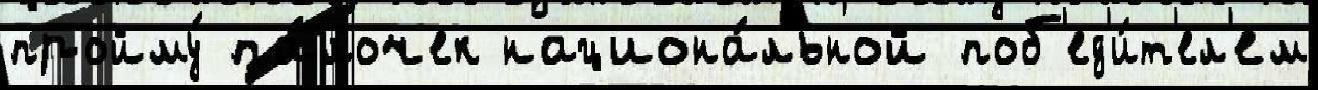
пройму́ па́лочек национа́льной поб'ед'и́т'ел'ем